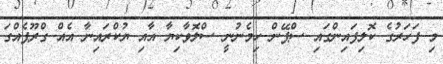
މި ފަހަރުގެ ކޮލިފައިންގައި ސްޕޭން ހިމެނުނީ ސްލޮވާކިޔާ އާއި ޔުކްރައިނާ އެއް ގްރޫޕެއްގަ